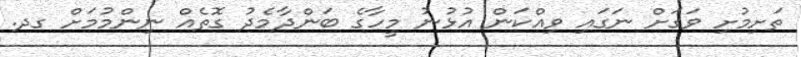
ތަށިމުށި ވަގަށް ނަގައި ވިއްކަން އުޅުނު މީހާގެ ބަންދާމެދު ގޮތެއް ނިންމުމަށް ގދ.